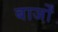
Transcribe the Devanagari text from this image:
बार्जों